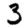
Digit: 3